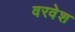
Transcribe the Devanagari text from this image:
वरवेश